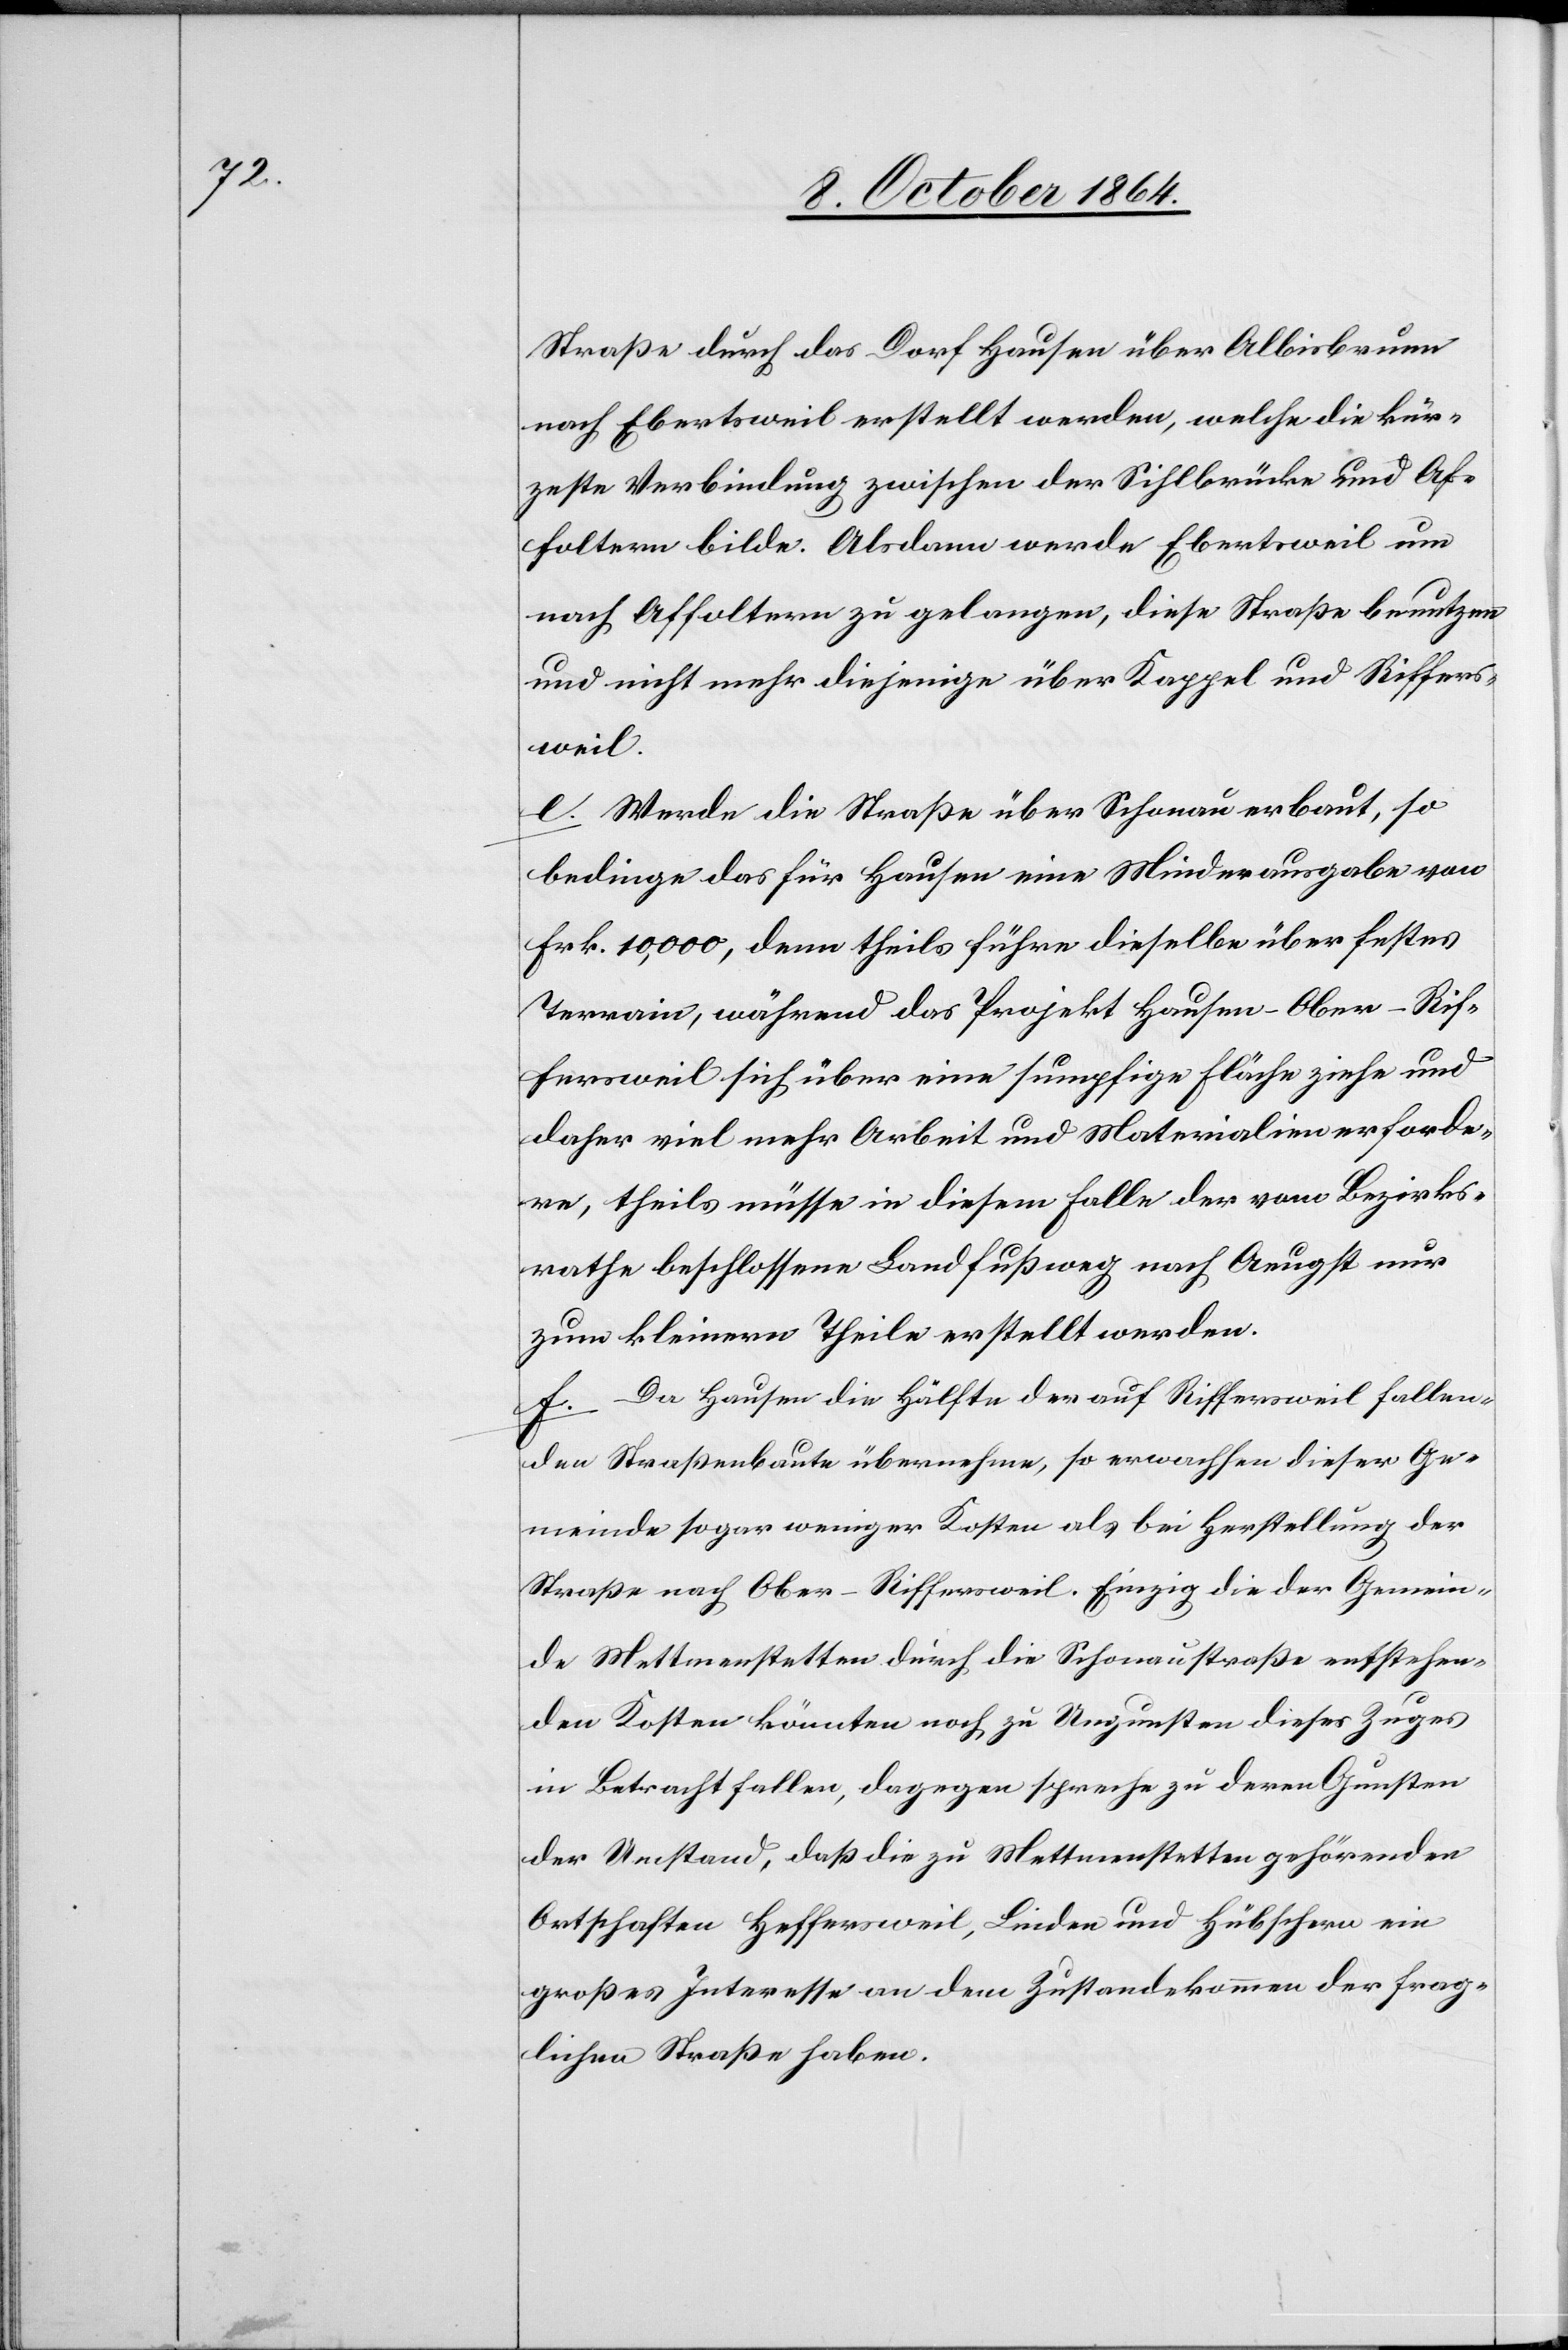
Straße durch das Dorf Hausen über Albisbrunn
nach Ebertsweil erstellt werden, welche die kür¬
zeste Verbindung zwischen der Sihlbrücke und Af¬
foltern bilde. Alsdann werde Ebertsweil um
nach Affoltern zu gelangen, diese Straße benutzen
und nicht mehr diejenige über Kappel und Riffers¬
weil.
e. Werde die Straße über Schonau erbaut, so
bedinge das für Hausen eine Minderausgabe von
Frk. 10,000, denn theils führe dieselbe über festes
Terrain, während das Projekt Hausen–Ober-Rif¬
fersweil sich über eine sumpfige Fläche ziehe und
daher viel mehr Arbeit und Materialien erforde¬
re, theils müsse in diesem Falle der vom Bezirks¬
rathe beschlossene Landfußweg nach Aeugst nur
zum kleinern Theile erstellt werden.
f. Da Hausen die Hälfte der auf Riffersweil fallen¬
den Straßenbaute übernehme, so erwachsen dieser Ge¬
meinde sogar weniger Kosten als bei Herstellung der
Straße nach Ober-Riffersweil. Einzig die der Gemein¬
de Mettmenstetten durch die Schonaustraße entstehen¬
den Kosten könnten noch zu Ungunsten dieses Zuges
in Betracht fallen, dagegen spreche zu deren Gunsten
der Umstand, daß die zu Mettmenstetten gehörenden
Ortschaften Heffersweil, Linden und Hübschern ein
großes Interesse an dem Zustandekommen der frag¬
lichen Straße haben.